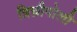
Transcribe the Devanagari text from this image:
त्रिच्नीपोली